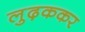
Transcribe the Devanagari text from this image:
लुढ़ककर